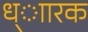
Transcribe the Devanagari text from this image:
ध्ाारक